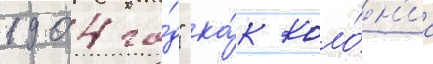
1904 го́д" ка́к коло́н'иа